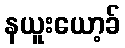
နယူးယော့ခ်